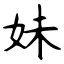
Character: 妹